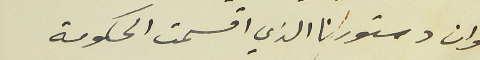
وان دستورنا الذي اقسمت الحكومة